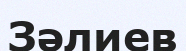
Зәлиев